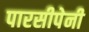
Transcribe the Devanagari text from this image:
पारसीपेनी